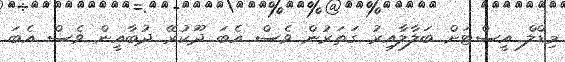
މިޑްލް އީސްޓަށް ބަލާލާއިރު ގަތަރުން ވެސް އެބަ ދޫކުރޭ ދުބާއީން ވެސް އެބަ